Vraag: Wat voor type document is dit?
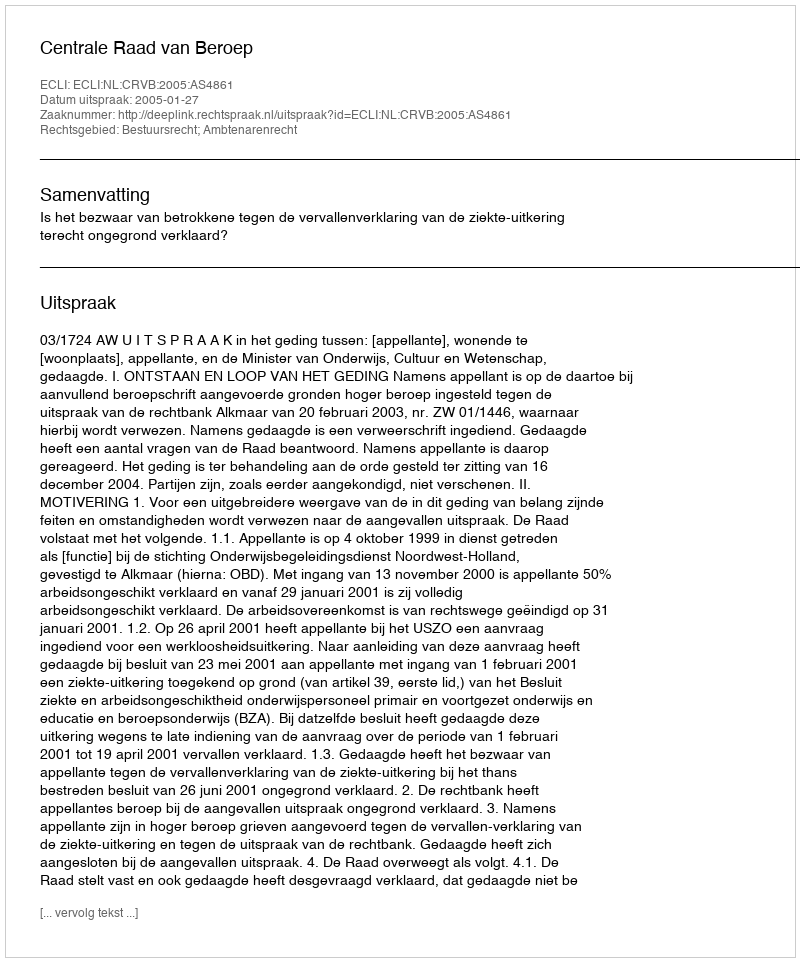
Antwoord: Uitspraak